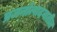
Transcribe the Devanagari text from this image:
प्रजनोत्पादनातील